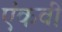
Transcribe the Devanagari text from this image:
एंकवी